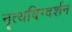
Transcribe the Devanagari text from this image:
नॄत्यदिग्दर्शन